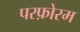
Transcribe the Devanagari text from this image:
परफ़ोरम